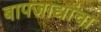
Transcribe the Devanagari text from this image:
बापजाद्यांचा